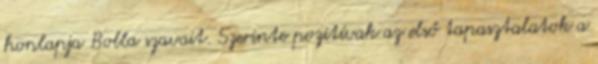
honlapja Bolla szavait. Szerinte pozitívak az első tapasztalatok a